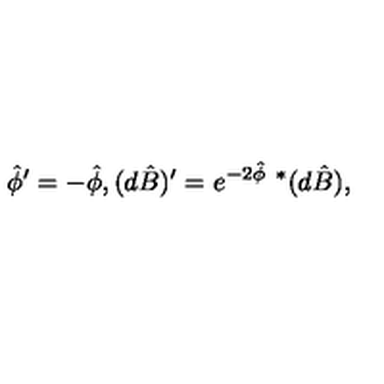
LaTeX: { \hat { \phi } } ^ { \prime } = - { \hat { \phi } } , ( d \hat { B } ) ^ { \prime } = e ^ { - 2 \hat { \phi } } \ { } ^ { * } ( d \hat { B } ) ,